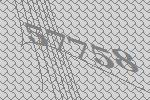
57758